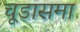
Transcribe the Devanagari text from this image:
चूडासमा